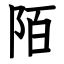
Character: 陌